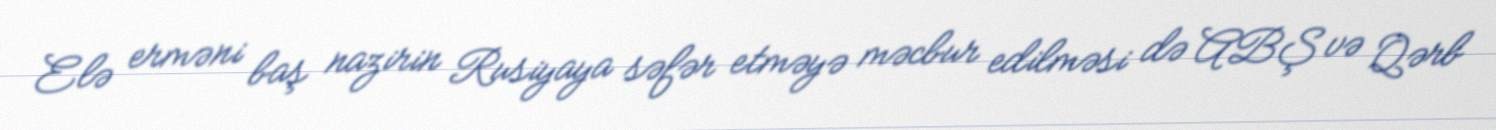
Elə erməni baş nazirin Rusiyaya səfər etməyə məcbur edilməsi də ABŞ və Qərb